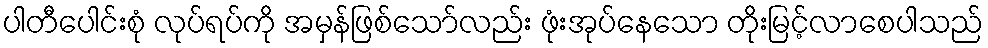
ပါတီပေါင်းစုံ လုပ်ရပ်ကို အမှန်ဖြစ်သော်လည်း ဖုံးအုပ်နေသော တိုးမြင့်လာစေပါသည်